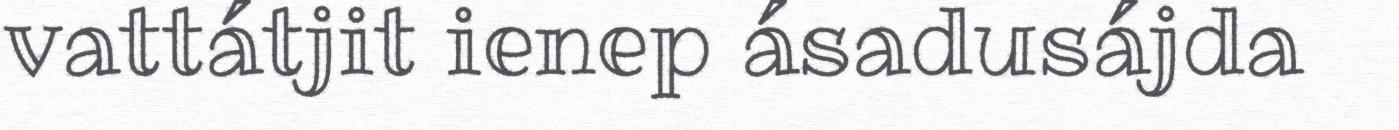
vattátjit ienep ásadusájda